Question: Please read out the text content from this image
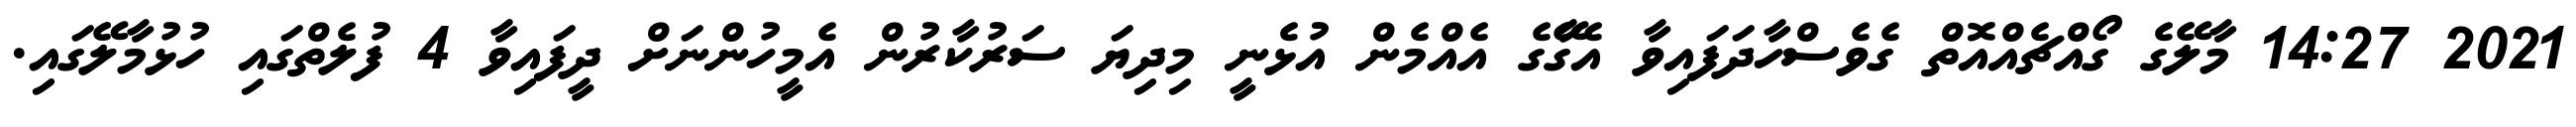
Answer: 2021 14:27 މާލޭގެ ގޯއްޗެއްއޮތް ގެވެސްހާދަފައިވާ އެގޭާގެ އެއްމެން އުޅެނީ މިދިޔަ ސަރުކާރުން އެމީހުންނަށް ދީފައިވާ 4 ފުލެތްގައި ހުޅުމާލޭގައި.